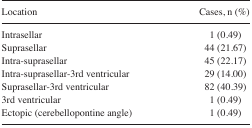
<table><thead><tr><td><b>Location</b></td><td><b>Cases, n (%)</b></td></tr></thead><tbody><tr><td>Intrasellar</td><td>1 (0.49)</td></tr><tr><td>Suprasellar</td><td>44 (21.67)</td></tr><tr><td>Intra-suprasellar</td><td>45 (22.17)</td></tr><tr><td>Intra-suprasellar-3rd ventricular</td><td>29 (14.00)</td></tr><tr><td>Suprasellar-3rd ventricular</td><td>82 (40.39)</td></tr><tr><td>3rd ventricular</td><td>1 (0.49)</td></tr><tr><td>Ectopic (cerebellopontine angle)</td><td>1 (0.49)</td></tr></tbody></table>